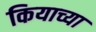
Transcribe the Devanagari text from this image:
कियाच्या